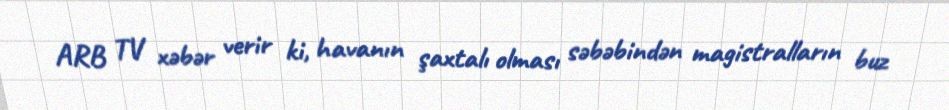
ARB TV xəbər verir ki, havanın şaxtalı olması səbəbindən magistralların buz